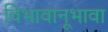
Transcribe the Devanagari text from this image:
विभावानूभावा